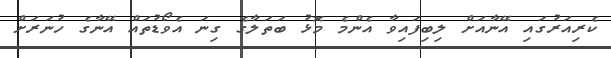
ކެރިއަރުގައި އޭނާއަށް ލިބިފައިވާ އެންމެ މޮޅު ބަތަލާގެ ގިނަ އެވޯޑުތައް އޭނާގެ ހުނަރަށް